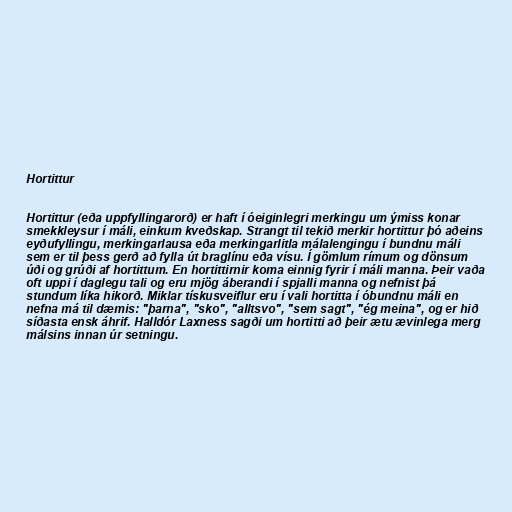
Hortittur

Hortittur (eða uppfyllingarorð) er haft í óeiginlegri merkingu um ýmiss konar
smekkleysur í máli, einkum kveðskap. Strangt til tekið merkir hortittur þó aðeins
eyðufyllingu, merkingarlausa eða merkingarlitla málalengingu í bundnu máli
sem er til þess gerð að fylla út braglínu eða vísu. Í gömlum rímum og dönsum
úði og grúði af hortittum. En hortittirnir koma einnig fyrir í máli manna. Þeir vaða
oft uppi í daglegu tali og eru mjög áberandi í spjalli manna og nefnist þá
stundum líka hikorð. Miklar tískusveiflur eru í vali hortitta í óbundnu máli en
nefna má til dæmis: "þarna", "sko", "alltsvo", "sem sagt", "ég meina", og er hið
síðasta ensk áhrif. Halldór Laxness sagði um hortitti að þeir ætu ævinlega merg
málsins innan úr setningu.